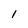
Character: l